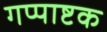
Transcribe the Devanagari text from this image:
गप्पाष्टक